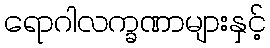
ရောဂါလက္ခဏာများနှင့်